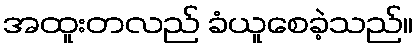
အထူးတလည် ခံယူစေခဲ့သည်။